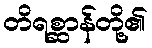
တိရစ္ဆာန်တို့၏